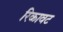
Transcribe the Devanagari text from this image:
रिकावट